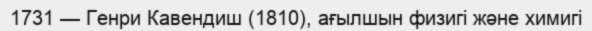
1731 — Генри Кавендиш (1810), ағылшын физигі және химигі